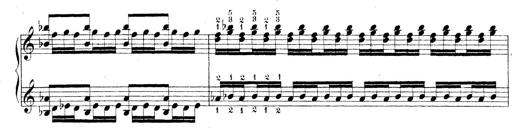
Title: Technische Studien
Composer: Franz Liszt